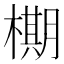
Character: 𬄙